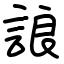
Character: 誏